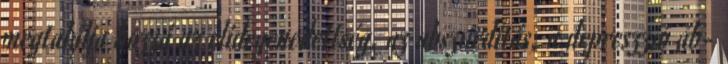
megtalálja hozzá az elidegenedettség, az abszurditás, a depreszzió áb-